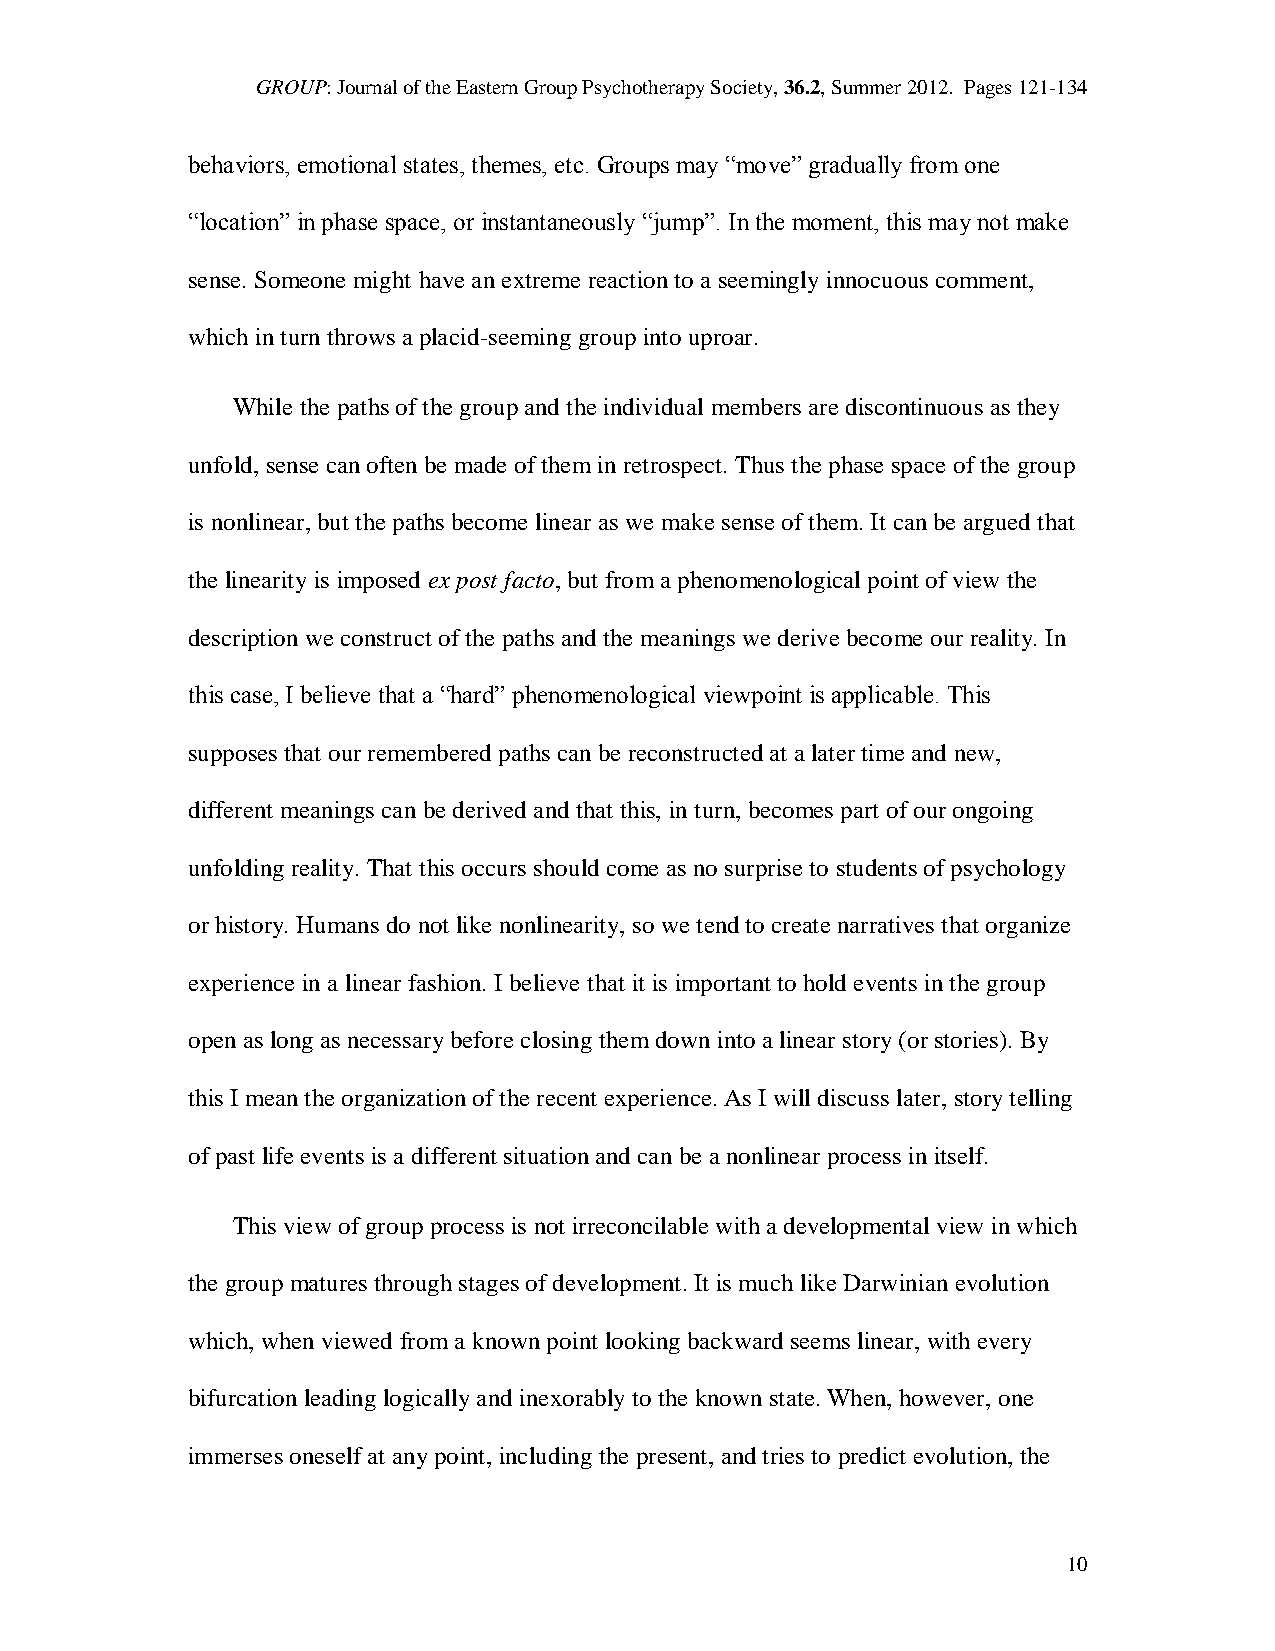
GROUP: Journal of the Eastern Group Psychotherapy Society, 36.2, Summer 2012. Pages 121-134
 behaviors, emotional states, themes, etc. Groups may “move” gradually from one
 “location” in phase space, or instantaneously “jump”. In the moment, this may not make
 sense. Someone might have an extreme reaction to a seemingly innocuous comment,
 which in turn throws a placid-seeming group into uproar.
 While the paths of the group and the individual members are discontinuous as they
 unfold, sense can often be made of them in retrospect. Thus the phase space of the group
 is nonlinear, but the paths become linear as we make sense of them. It can be argued that
 the linearity is imposed ex post facto, but from a phenomenological point of view the
 description we construct of the paths and the meanings we derive become our reality. In
 this case, I believe that a “hard” phenomenological viewpoint is applicable. This
 supposes that our remembered paths can be reconstructed at a later time and new,
 different meanings can be derived and that this, in turn, becomes part of our ongoing
 unfolding reality. That this occurs should come as no surprise to students of psychology
 or history. Humans do not like nonlinearity, so we tend to create narratives that organize
 experience in a linear fashion. I believe that it is important to hold events in the group
 open as long as necessary before closing them down into a linear story (or stories). By
 this I mean the organization of the recent experience. As I will discuss later, story telling
 of past life events is a different situation and can be a nonlinear process in itself.
 This view of group process is not irreconcilable with a developmental view in which
 the group matures through stages of development. It is much like Darwinian evolution
 which, when viewed from a known point looking backward seems linear, with every
 bifurcation leading logically and inexorably to the known state. When, however, one
 immerses oneself at any point, including the present, and tries to predict evolution, the
 10